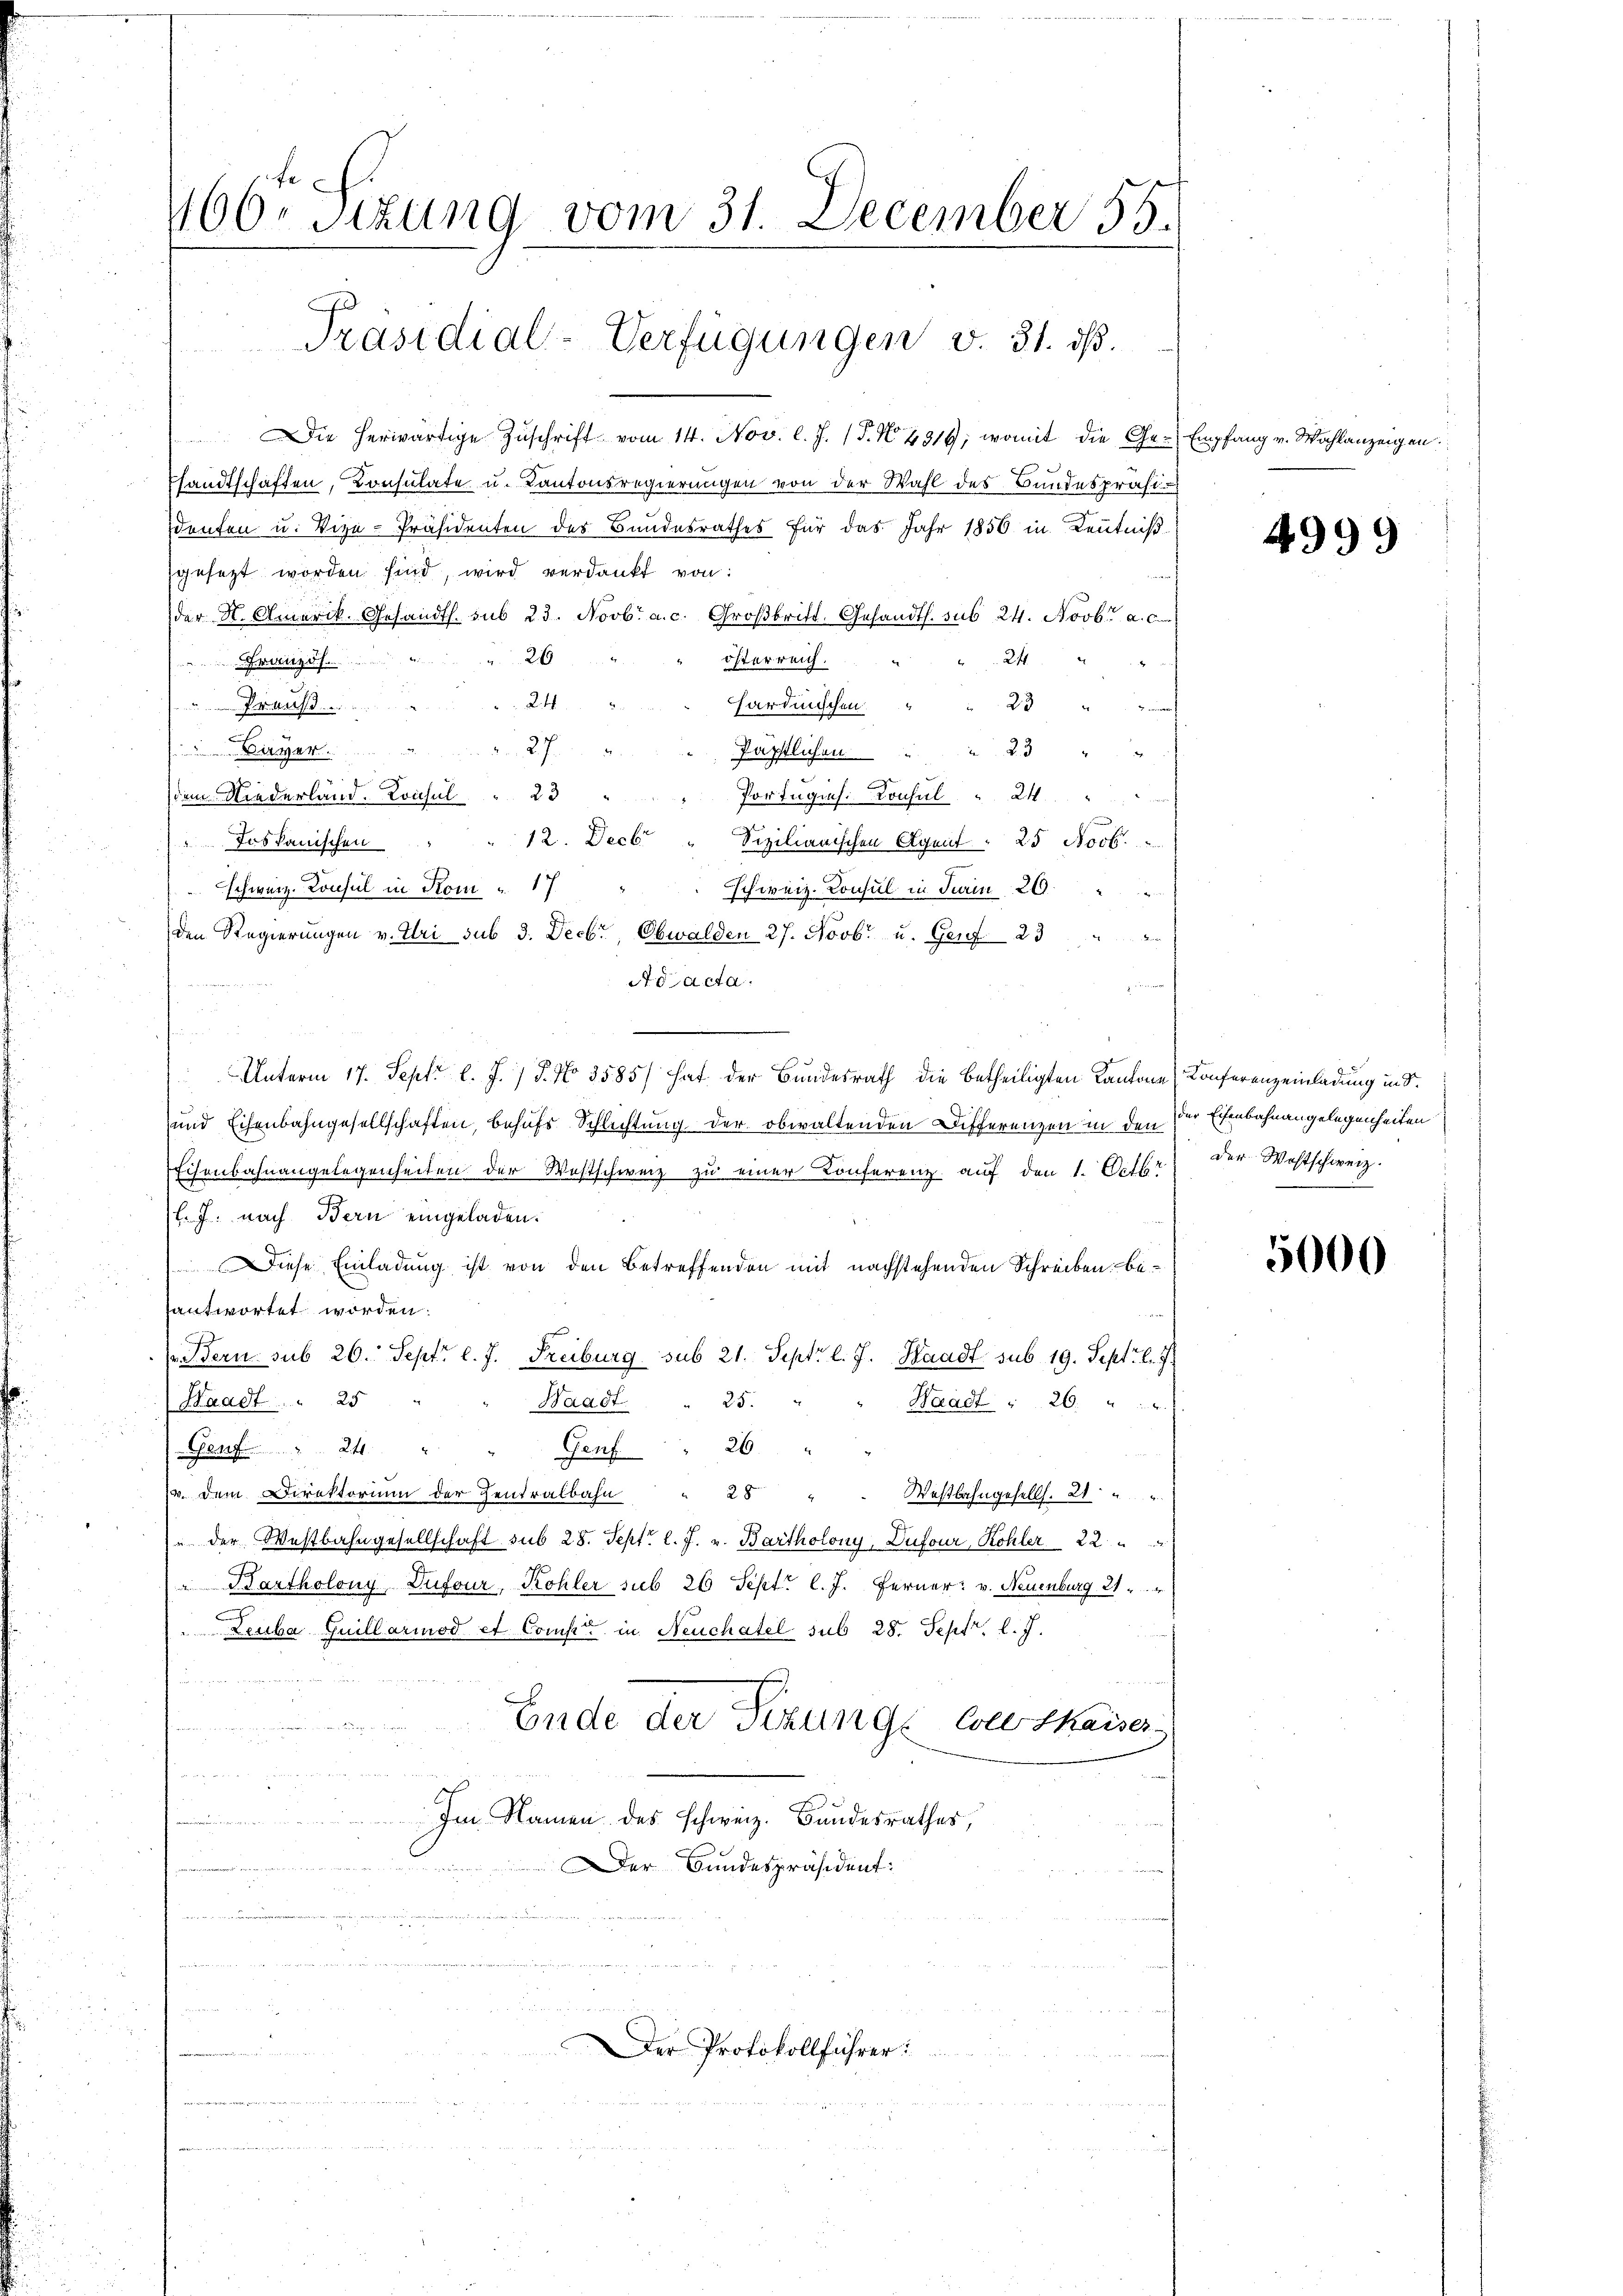
466. Situng vom 31. December 55.
Präsidial-Verfügungen v. 31. ds.

Die herwärtige Zuschrift vom 14. Nov. l. J. P. N. 4319, womit die Ge-Empfang v. Wahlanzeigen.
Esandtschaften, Konsulate u. Kantonsregierungen von der Wahl des Bandespräsideuten u. Vize-Präsidenten des Bandesrathes für das Jahr 1856 in Kenntniß
sgesetzt worden sind, wird verdankt von:
t
der K. Amerik. Gesandts. sub 23. Novbr. a. c. Großbritt. Gesandts. sub 24. Novbr. a. c.
 26
24
österreich.
Französ.
24.
23
Praus.  ....
sardinischen
27
Bayer.
23 "
Jäpstlichen
dem Niederland. Konsul  "    23
Portugius. Konsul  "   24
12. Decbr
Sizilianischen Agent. 25 Novb.
Joskanischen
schweiz. Konsul in Kom " 17
schweiz. Konsul in Train 26.
den Regierungen v. Uri sub 3. Decbr., Obwalden 27. Novbr. u. Genf 23
Ad acta.

Unterm 17. Sept. l. J. P. No 3585) hat der Bundesrath die betheiligten Kantone (Konferenzeinladung in S.
und Eisenbahngesellschaften, behufs Schlichtung der obwaltenden Differenzen in den
Eisenbahnangelegenheiten der Westschweiz zŭ einer Konferenz aŭf den 1. Octbr. der Wohlschweiz.
l. J. nach Bern eingeladen.
 Diese Einladung ist von den Betreffenden mit nachstehenden Schreiben beantwortet worden.
(Bern sub 26. Sept. l. J. Freiburg sub 21. Sept. l. J. Waadt sub. 19. Sept. l. J.
25.
Waadt . 25 " Waadt
Waadt u. 26. " "
Genf " 24 "
Genf " 26.
v. dem Direktorium der Zentralbahn " 28 " " Weßlahngesells. 21 "
u der Westbahngesellschaft sub 28. Sept. l. J. v. Bartholony, Dufour, Kohler 22
" Bartholony Dufour, Kohler sub 26 Sept. l. J. Ferner: v. Neuenburg 21
Leuba Guillariod et Comp. in Neuchatel sub 28. Sept. l. J.
Ende der Sitzunge Coll thaiser.
n
 20 x
Im Namen des schweiz. Bundesrathes,
Der Bundespräsident:
u

Der Protokollführer:
u

e

4999

der Eisenbahnangelegenheiten

5000